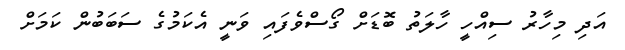
އަދި މިހާރު ސިއްހީ ހާލަތު ބޮޑަށް ގޯސްވެފައި ވަނީ އެކަމުގެ ސަބަބުން ކަމަށް